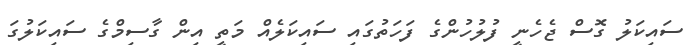
ސައިކަލު ގޮސް ޖެހެނީ ފުލުހުންގެ ފަހަތުގައި ސައިކަލެއް މަތީ އިން ގާސިމްގެ ސައިކަލުގަ